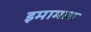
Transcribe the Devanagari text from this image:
इमामला